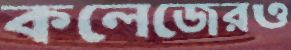
কলেজেরও